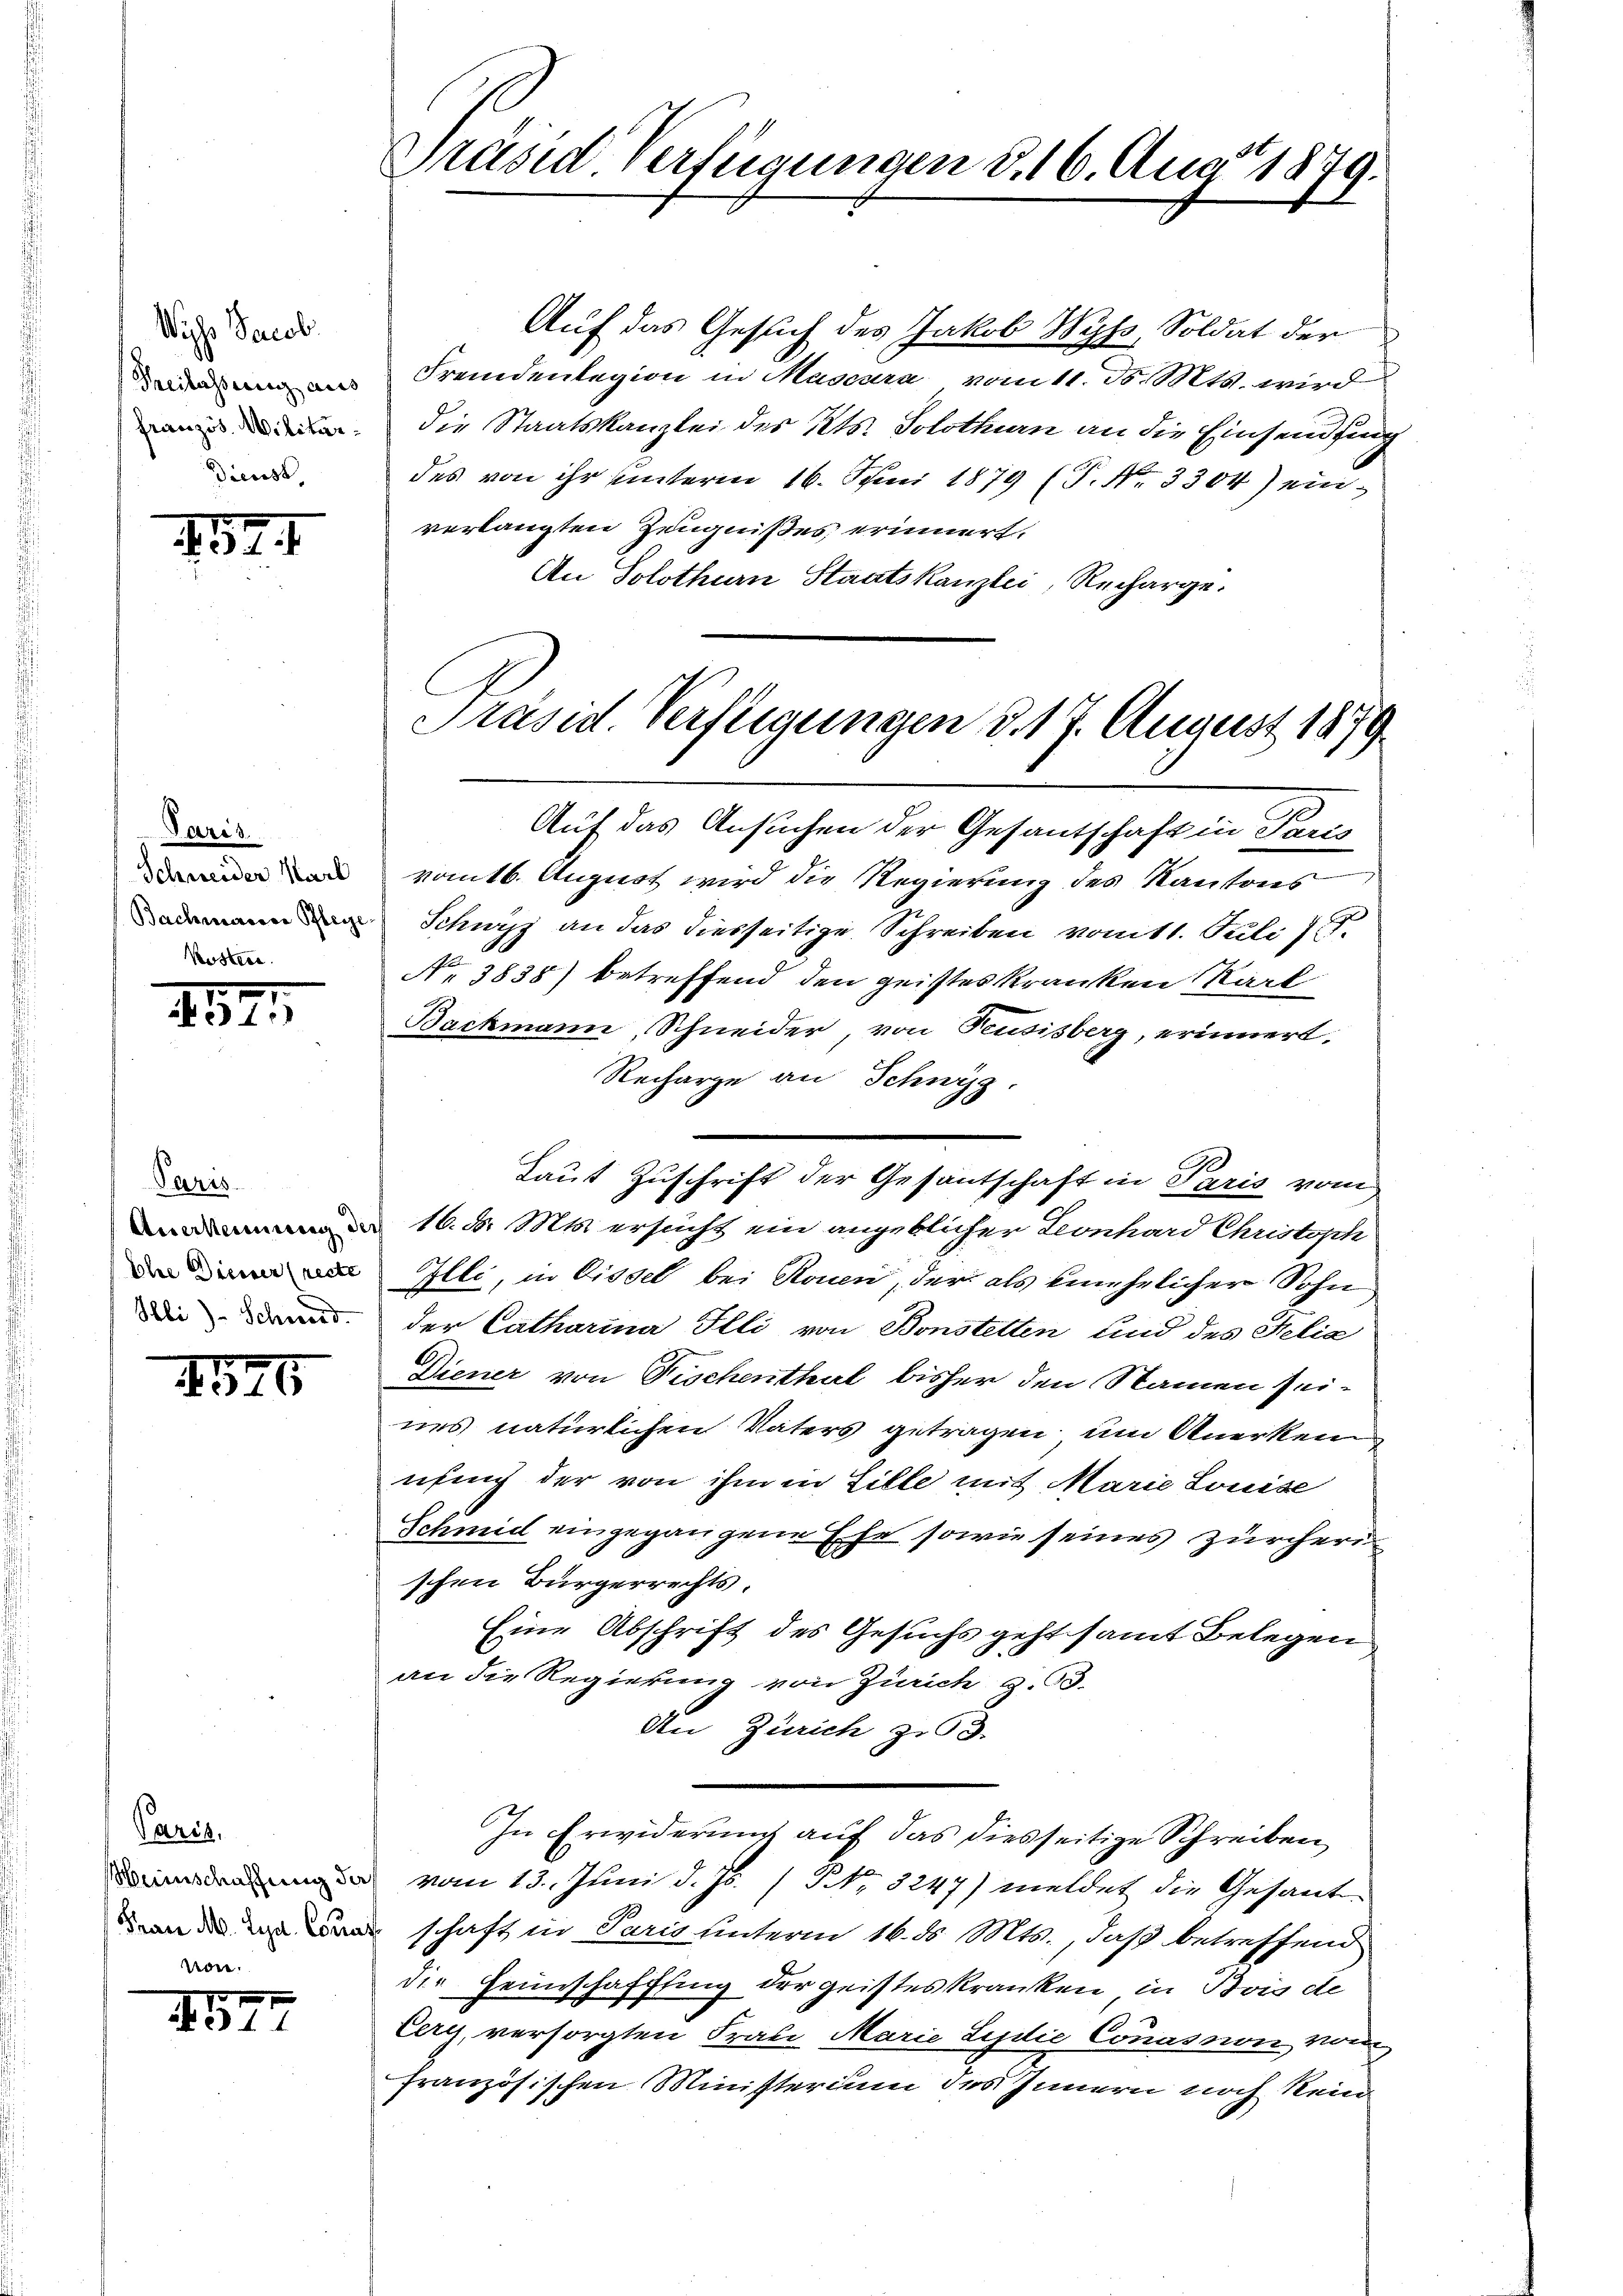
Wichs Jacob
Freilassung aus
Französ. Militär¬
Dienst

7674

Paris
Schweider Karl
Bachmaiere Pflege.
Kostere

1821.

Paris
Aeserkennung der
Ehre Diesser (recte
Ihli)- Schwerd

1946

Paris.
Weinschaffung der
Tan M. Lyd. Courai
von.

1577

Präsid Verfügungen d. 16. Aug. 1879.

Auf das Gesuch des Jakob Wyss, Soldat der
Fremdenlegion in Mascara vom 11. d. Mts. wird
die Staatskanzlei des Kts. Solothurn an die Einsendung
des von ihr unterm 16. Juni 1879 (P. Nr. 3304) einverlangten Zeugnißes erinnert.
An Solothurn Staatskanzlei, Recharge.
Präsid. Verfügungen d. 17. August 1879

Auf das Ansuchen der Gesantschaft in Paris
vomtb. August wird die Regierung des Kantons
Schurz an das diesseitige Schreiben vom 11. Juli 187.
No 3838) betreffend den geistes Kranken Karl
Backmann, Schneider von Feusisberg, erinnert,
Recharge an Schwyz.
16. d. Mts. ersucht ein angeblicher Leonhard Christisch
Elli, in Dissel bei Rouen, der als einehelicher Sohn
der Catharina Illi von Bonstetten und des Felia
Diener von Fischenthal bisher den Namen seines natürlichen Vaters getragen, um Anerken
ufung der von ihm in Lille mit Marie Louise
Schmid eingegangene Ehe sowie seines Zürcherischen Bürgerrechts.
Eine Abschrift des Gesuchs gehtsamt Belegen
an die Regierung von Zürich z. B.
An Zürich zu 3.
In Erwiderung auf das diesseitige Schreiben
vom 13. Juni d. Js. / NNo. 3247) meldet die Gesandschaft in Paris unterm 16. ds. Mts., daß betreffend
die Heimschaffung der geisteskranken in Bois de
Cery, versorgten Frau Marie Lydie Conasnon vom
französischen Ministerium des Innern noch kein

Laut Zuschrift der Gesantschaft in Paris vom